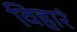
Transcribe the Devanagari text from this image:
विहारं